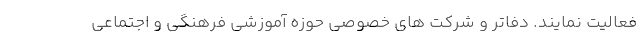
فعالیت نمایند. دفاتر و شرکت های خصوصی حوزه آموزشی فرهنگی و اجتماعی